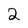
Character: 2